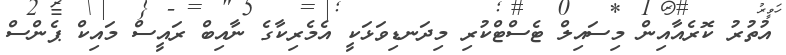
އުތުރު ކޮރެއާއިން މިސައިލް ޓެސްޓްކުރި މިދަނޑިވަޅަކީ އެމެރިކާގެ ނާއިބް ރައީސް މައިކް ޕެންސް